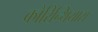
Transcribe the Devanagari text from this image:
कोरिन्थियास